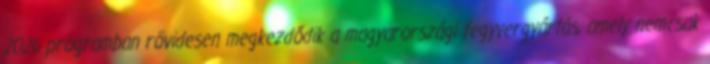
2026 programban rövidesen megkezdődik a magyarországi fegyvergyártás, amely nemcsak